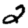
Digit: 2